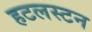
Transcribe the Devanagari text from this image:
हटलस्टन